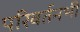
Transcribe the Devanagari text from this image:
परिवर्तनभी